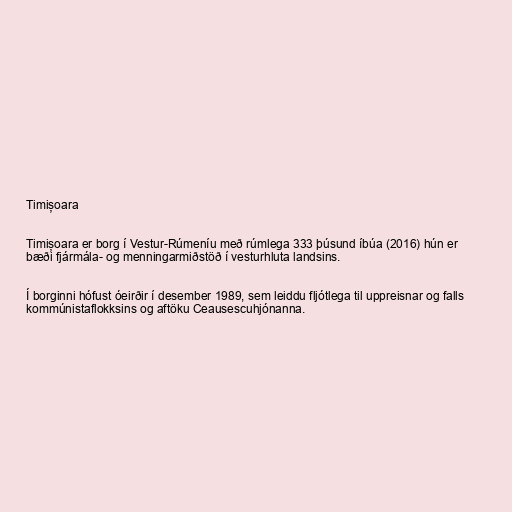
Timișoara

Timișoara er borg í Vestur-Rúmeníu með rúmlega 333 þúsund íbúa (2016) hún er
bæði fjármála- og menningarmiðstöð í vesturhluta landsins.

Í borginni hófust óeirðir í desember 1989, sem leiddu fljótlega til uppreisnar og falls
kommúnistaflokksins og aftöku Ceausescuhjónanna.